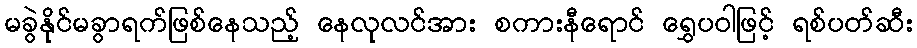
မခွဲနိုင်မခွာရက်ဖြစ်နေသည့် နေလုလင်အား စကားနီရောင် ရွှေပဝါဖြင့် ရစ်ပတ်ဆီး